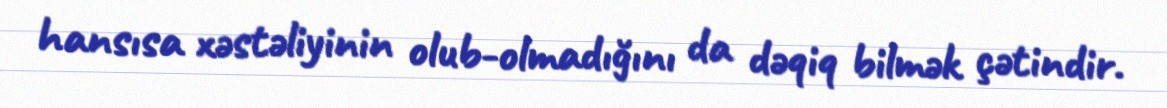
hansısa xəstəliyinin olub-olmadığını da dəqiq bilmək çətindir.